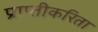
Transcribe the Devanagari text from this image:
प्राप्तीकरिता